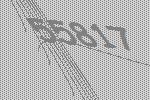
55817